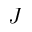
J